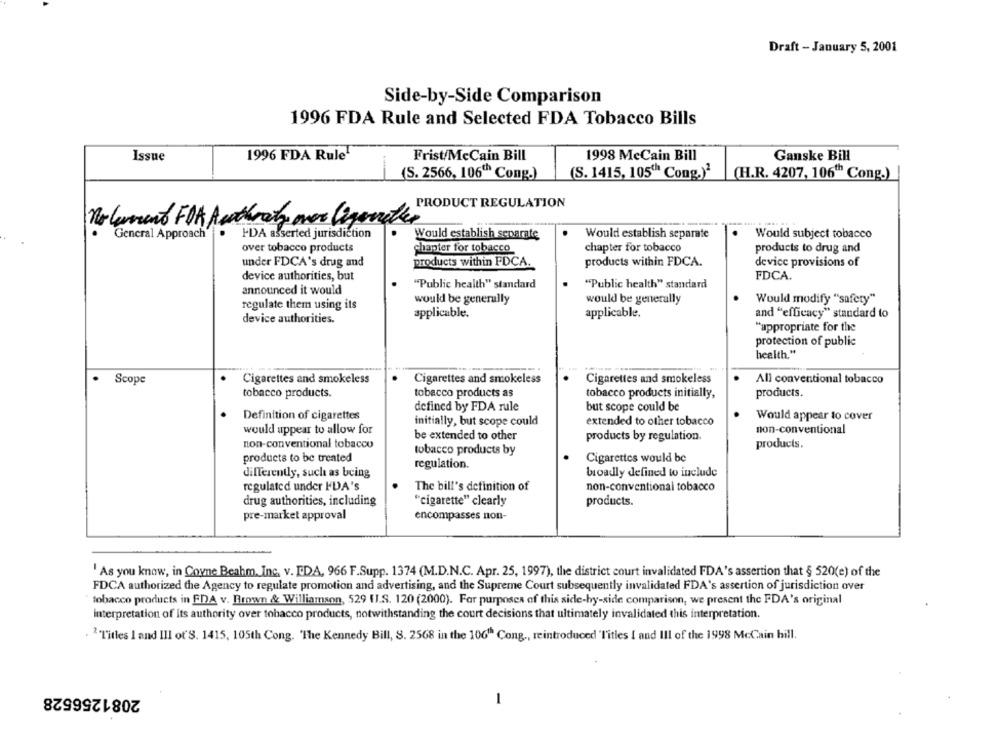
Draft - January 5, 2001
Side-by-Side Comparison
1996 FDA Rule and Selected FDA Tobacco Bills
1996 FDA Rule
Issue
Frist/McCain Bill
1998 MeCain Bill
Ganske Bill
(S. 2566, 106" Cong.)
(S. 1415, 105" Cong.)2
(H.R. 4207, 106"" Cong.)
PRODUCT REGULATION
No lument FOR Authoraty over ligenetter
General Approach"
IDA asserted jurisdiction
Would establish separate
Would establish separate
Would subject tobacco
over tobacco products
chapter for tobacco
chapter for tobacco
products to drug and
under FDCA's drug and
products within FDCA.
products within FDCA.
device provisions of
device authorities, but
FDCA.
announced it would
"Public health" standard
"Public health" standard
regulate them using its
would be generally
would be generally
Would modify "safety"
device authorities.
applicable.
applicable.
and "efficacy" standard to
"appropriate for the
protection of public
health."
.
Scope
Cigarettes and smokeless
Cigarettes and smokeless
Cigarettes and smokeless
All conventional tobacco
tobacco products.
tobacco products as
tobacco products initially,
products.
defined by FDA rule
but scope could be
Definition of cigarettes
Would appear to cover
initially, but scope could
extended to other tobacco
would appear to allow for
non-conventional
be extended to other
products by regulation.
non-conventional tobacco
products.
tobacco products by
products to be treated
Cigarettes would be
regulation.
differently, such as being
broadly defined to include
regulated under IDA's
The bill's definition of
non-conventional tobacco
drug authorities, including
"cigarette" clearly
products.
pre-market approval
encompasses non-
' As you know, in Coyne Beahm, Inc. v. EDA, 966 F.Supp. 1374 (M.D.N.C. Apr. 25, 1997), the district court invalidated FDA's assertion that § 520(e) of the
FDCA authorized the Agency to regulate promotion and advertising, and the Supreme Court subsequently invalidated FDA's assertion of jurisdiction over
tobacco products in FDA v. Brown & Williamson, 529 (I.S. 120 (2000). For purposes of this side-by-side comparison, we present the FDA's original
interpretation of its authority over tobacco products, notwithstanding the court decisions that ultimately invalidated this interpretation.
2Titles I and III of'S. 1415, 105th Cong. "The Kennedy Bill, S. 2568 in the 10G" Cong ., reintroduced 'Titles I and III of the 1998 McCain hill.
2081256528
1